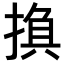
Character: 𢰺